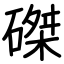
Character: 磔